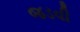
જડવી